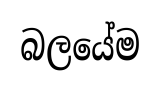
බලයේම